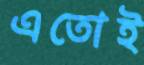
এতোই